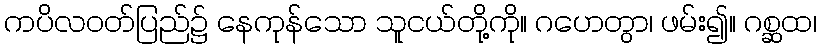
ကပိလဝတ်ပြည်၌ နေကုန်သော သူငယ်တို့ကို။ ဂဟေတွာ၊ ဖမ်း၍။ ဂစ္ဆထ၊